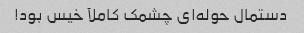
دستمال حوله‌ای چشمک کاملآ خیس بود!